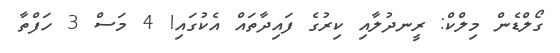
ގޯލްޑެން މިލްކް: ރީނދުލާއި ކިރުގެ ފައިދާތައް އެކުގައި! 4 މަސް 3 ހަފްތާ